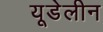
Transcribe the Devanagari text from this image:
यूडेलीन